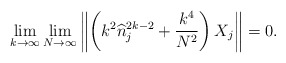
\begin{align*} \lim_{k \to \infty} \lim_{N\to \infty} \left\| \left( k^2 \widehat n_j^{2k-2} +\frac{k^4}{N^2} \right) X_j \right\|=0.\end{align*}